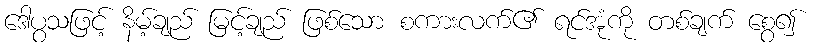
ဒေါပွသဖြင့် နိမ့်ချည် မြင့်ချည် ဖြစ်သော စကားလက်၏ ရင်အုံကို တစ်ချက် စွေ၍